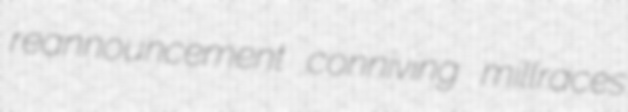
reannouncement conniving millraces